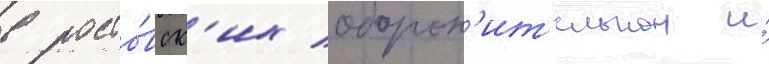
в росто́вск'их оборон'ит'ельнои и́